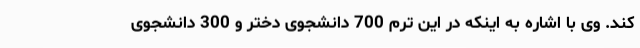
کند. وی با اشاره به اینکه در این ترم 700 دانشجوی دختر و 300 دانشجوی